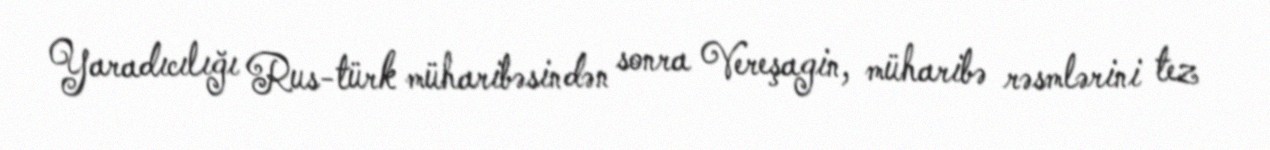
Yaradıcılığı Rus-türk müharibəsindən sonra Vereşagin, müharibə rəsmlərini tez